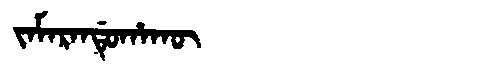
Manchu: ᠵᠠᠮᠠᡵᠠᠨᡩᡠᡥᠠᡴᡡ
Romanization: JAMARANDUHAKŪ